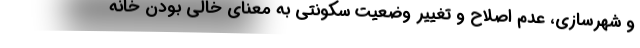
و شهرسازی، عدم اصلاح و تغییر وضعیت سکونتی به معنای خالی بودن خانه